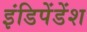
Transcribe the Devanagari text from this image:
इंडिपेंडेंश